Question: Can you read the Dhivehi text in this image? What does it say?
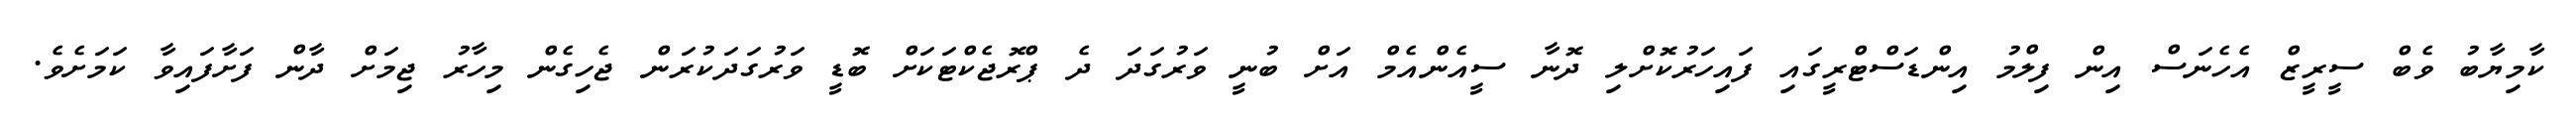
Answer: ކާމިޔާބު ވެބް ސީރީޒް އެހެނަސް އިން ފިލްމު އިންޑަސްޓްރީގައި ފައިހަރުކޮށްލި ދޮނާ ސީއެންއެމް އަށް ބުނީ ވަރުގަދަ ދެ ޕްރޮޖެކްޓަކަށް ބޮޑީ ވަރުގަދަކުރަން ޖެހިގެން މިހާރު ޖިމަށް ދާން ފަށާފައިވާ ކަމަށެވެ.